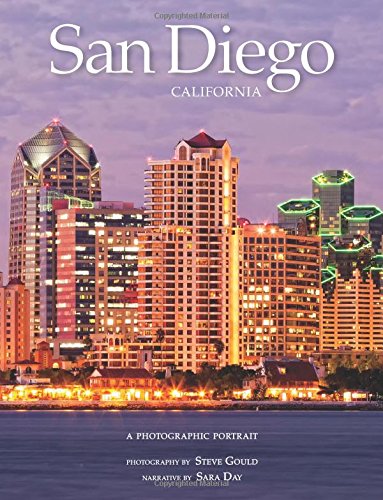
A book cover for San Diego, California: A Photographic Portrait; Steve Gould; Travel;